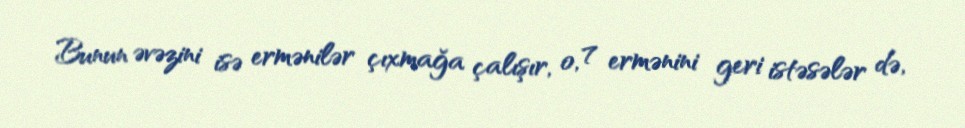
Bunun əvəzini isə ermənilər çıxmağa çalışır, o, 7 ermənini geri istəsələr də,